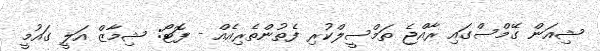
ޝިއަން ގޭމްސްގައި ރާއްޖެ ތަމްސީލްކުރި ފެތުންތެރިއެއް - ފޮޓޯ: ޝިމާޒް އަލީ ގައުމީ